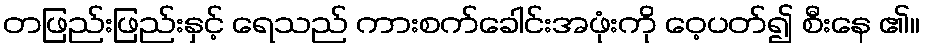
တဖြည်းဖြည်းနှင့် ရေသည် ကားစက်ခေါင်းအဖုံးကို ဝေ့ပတ်၍ စီးနေ ၏။